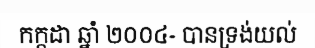
កក្កដា ឆ្នាំ ២០០៤- បានទ្រង់យល់